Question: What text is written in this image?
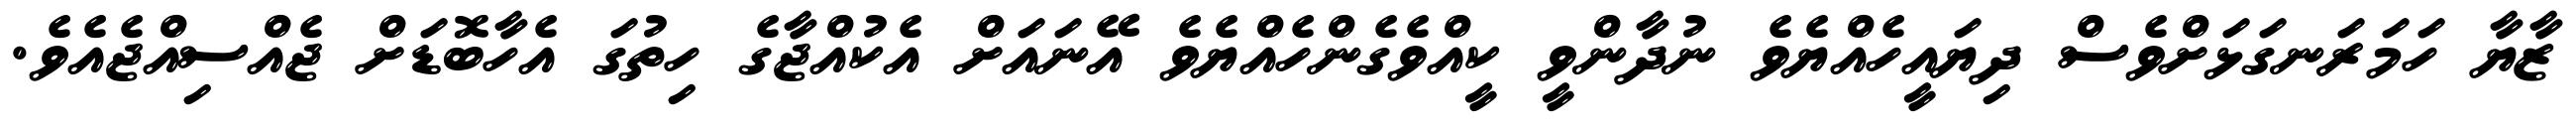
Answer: ޒާޔާ ހަމަރަނގަޅަށްވެސް ދިޔައީހެއްޔެވެ ނުދާންވީ ކީއްވެގެންހެއްޔެވެ އޭނައަށް އެކުއްޖާގެ ހިތުގަ އެހާބޮޑަށް ޖެއްސިއްޖެއެވެ.